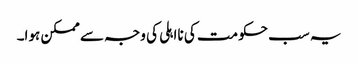
یہ سب حکومت کی نااہلی کی وجہ سے ممکن ہوا۔